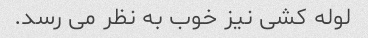
لوله کشی نیز خوب به نظر می رسد.